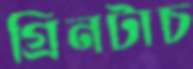
গ্রিনটাচ